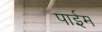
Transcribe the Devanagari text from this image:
पाईम